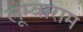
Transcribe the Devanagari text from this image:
लूम्बाराम